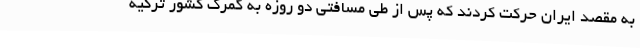
به مقصد ایران حرکت کردند که پس از طی مسافتی دو روزه به گمرک کشور ترکیه